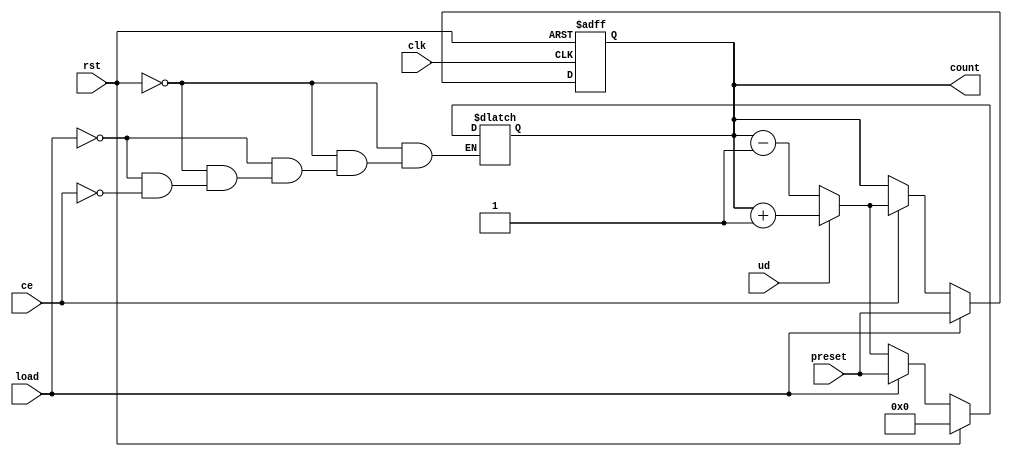
module async_load_counter (
    input wire clk,                // Clock signal
    input wire rst,                // Asynchronous reset
    input wire load,               // Load signal
    input wire ce,                 // Count enable
    input wire ud,                 // Up/Down control signal
    input wire [7:0] preset,       // Preset value (assuming 8-bit counter)
    output reg [7:0] count         // Counter value (8-bit)
);

// Asynchronous Reset and Load Logic
always @* begin
    if (rst) begin
        count = 8'b00000000;       // Reset counter to 0
    end else if (load) begin
        count = preset;            // Load preset value
    end else begin
        // Counting Logic
        if (ce) begin
            if (ud) begin
                count = count + 1; // Count up
            end else begin
                count = count - 1; // Count down
            end
        end
    end
end

// Synchronization Logic on the rising edge of the clock
always @(posedge clk or posedge rst) begin
    if (rst) begin
        count <= 8'b00000000;       // Reset counter to 0
    end else if (load) begin
        count <= preset;            // Load preset value
    end else if (ce) begin
        // Counting Logic
        if (ud) begin
            count <= count + 1;     // Count up
        end else begin
            count <= count - 1;     // Count down
        end
    end
end

endmodule